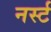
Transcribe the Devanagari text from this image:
नर्स्ट